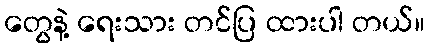
တွေနဲ့ ရေးသား တင်ပြ ထားပါ တယ်။